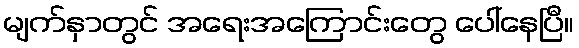
မျက်နှာတွင် အရေးအကြောင်းတွေ ပေါ်နေပြီ။